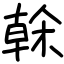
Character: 榦